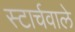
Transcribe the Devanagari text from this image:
स्टार्चवाले